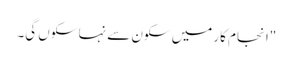
"انجام کار میں سکون سے نہا سکوں گی۔